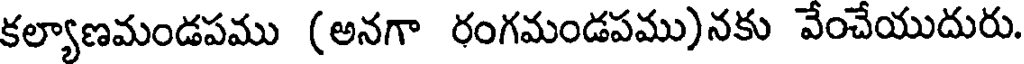
కల్యాణమండపము (అనగా రంగమండపము)నకు వేంచేయుదురు.